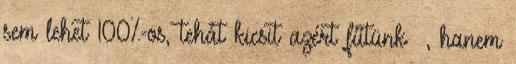
sem lehet 100%-os, tehát kicsit azért fűtünk –, hanem